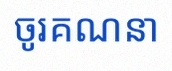
ចូរគណនា